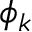
\phi _ { k }